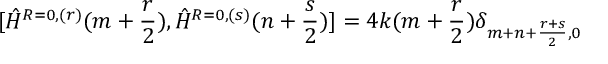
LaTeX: [ \hat { H } ^ { R = 0 , ( r ) } ( m + \frac { r } { 2 } ) , \hat { H } ^ { R = 0 , ( s ) } ( n + \frac { s } { 2 } ) ] = 4 k ( m + \frac { r } { 2 } ) \delta _ { m + n + \frac { r + s } { 2 } , 0 }